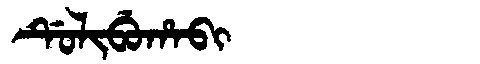
Manchu: ᡩᡠᠯᡳᠪᡠᡥᠠᠪᡳ
Romanization: DULIBUHABI